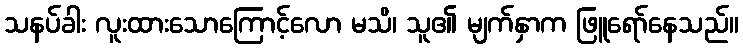
သနပ်ခါး လူးထားသောကြောင့်လော မသိ၊ သူ၏ မျက်နှာက ဖြူရော်နေသည်။